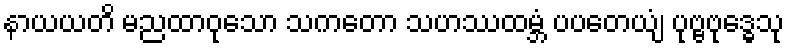
နာယယတိ မညထာဝုသော သကတော သဟဿထမ္ဘံ ပပတေယျံ ပုဗ္ဗဗုဒ္ဓေသု